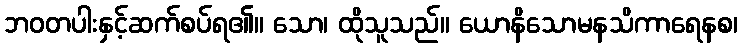
ဘဝတပါးနှင့်ဆက်စပ်ရ၏။ သော၊ ထိုသူသည်။ ယောနိသောမနသိကာရေနစ၊